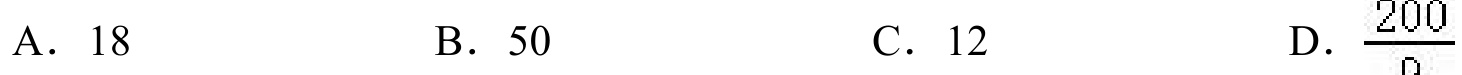
A. \(18\)  B. \(50\)  C. \(12\)  D. \(\frac{200}{9}\)